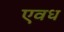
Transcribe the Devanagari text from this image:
एवध